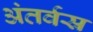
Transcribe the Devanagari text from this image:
अंतर्वस्र